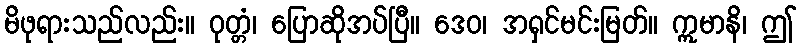
မိဖုရားသည်လည်း။ ဝုတ္တံ၊ ပြောဆိုအပ်ပြီ။ ဒေဝ၊ အရှင်မင်းမြတ်။ ဣမာနိ၊ ဤ